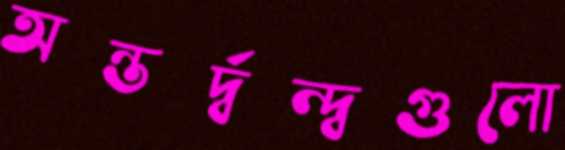
অন্তর্দ্বন্দ্বগুলো